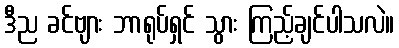
ဒီည ခင်ဗျား ဘာရုပ်ရှင် သွား ကြည့်ချင်ပါသလဲ။